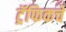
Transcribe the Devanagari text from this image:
ट्रॅफिकचे